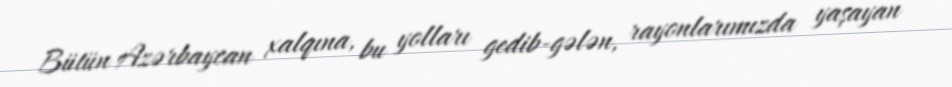
Bütün Azərbaycan xalqına, bu yolları gedib-gələn, rayonlarımızda yaşayan